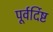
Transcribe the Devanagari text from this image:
पूर्वर्दिष्ट